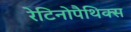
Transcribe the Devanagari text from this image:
रेटिनोपैथिक्स